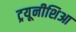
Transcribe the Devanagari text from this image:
ट्रयूनीशिआ